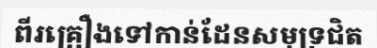
ពីរគ្រឿងទៅកាន់ដែនសមុទ្រជិត